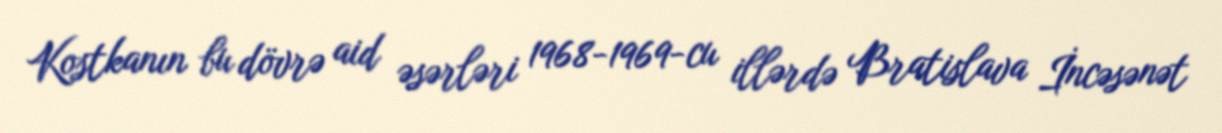
Kostkanın bu dövrə aid əsərləri 1968-1969-cu illərdə Bratislava İncəsənət